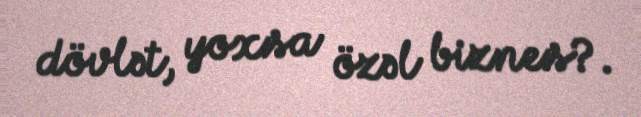
dövlət, yoxsa özəl biznes?.